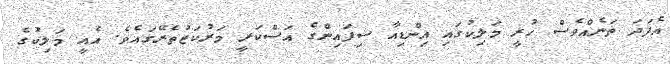
އެފަދަ ތަނެއްވެސް ހުރީ މަލިކުގައި އިންޑިއާ ސިފައިންގެ އަސްކަރީ މަރުކަޒުތެރޭގައެވެ. އެއީ މަލިކުގެ